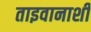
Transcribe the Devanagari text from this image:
ताइवानाशी